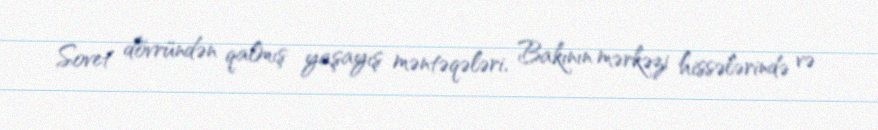
Sovet dövründən qalmış yaşayış məntəqələri, Bakının mərkəzi hissələrində və